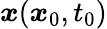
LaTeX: \boldsymbol{x}(\boldsymbol{x}_{0},t_{0})